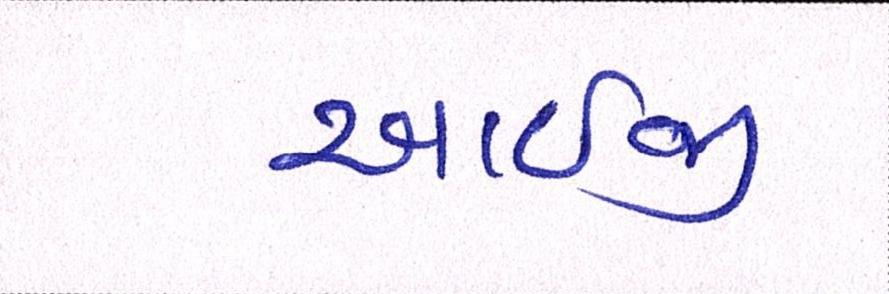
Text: આઇજી